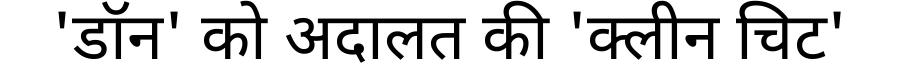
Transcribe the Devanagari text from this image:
'डॉन' को अदालत की 'क्लीन चिट'